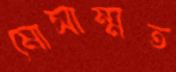
মোসাম্মত